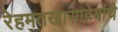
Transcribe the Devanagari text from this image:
रेहमतखासाहेबांचे